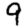
Digit: 9